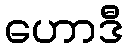
ဟောဒီ